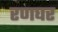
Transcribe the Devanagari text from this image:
रणघर